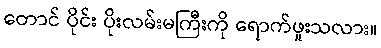
တောင် ပိုင်း ပိုးလမ်းမကြီးကို ရောက်ဖူးသလား။